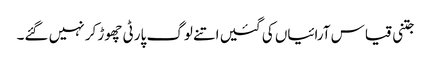
جتنی قیاس آرائیاں کی گئیں اتنے لوگ پارٹی چھوڑ کر نہیں گئے۔